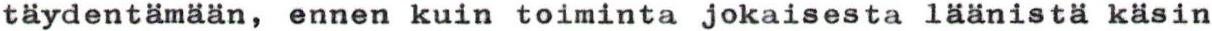
täydentämään, ennen kuin toiminta jokaisesta läänistä käsin